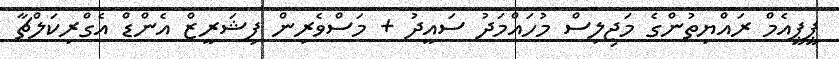
ޕީޕީއެމް ރައްޔިތުންގެ މަޖިލިސް މުހައްމަދު ސައީދު + މަސްވެރިން ފިޝަރީޒް އެންޑް އެގްރިކަލްޗާ